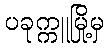
ပခုက္ကူမြို့မှ